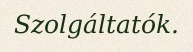
Szolgáltatók.